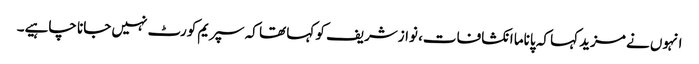
انہوں نے مزید کہا کہ پاناما انکشافات، نوازشریف کو کہا تھا کہ سپریم کورٹ نہیں جانا چاہیے۔